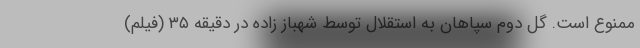
ممنوع است. گل دوم سپاهان به استقلال توسط شهباز زاده در دقیقه ۳۵ (فیلم)